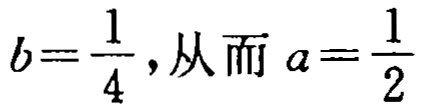
\(b=\frac{1}{4},从而\ a=\frac{1}{2}\)